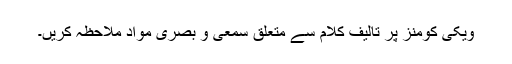
ویکی کومنز پر تالیف کلام سے متعلق سمعی و بصری مواد ملاحظہ کریں۔